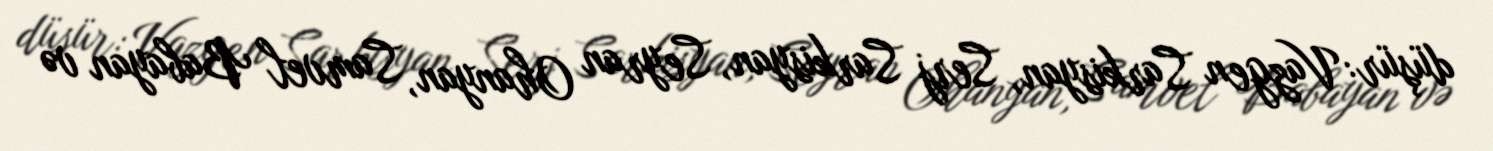
düşür: Vazgen Sarkisyan, Serj Sarkisyan, Seyran Ohanyan, Samvel Babayan və